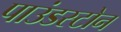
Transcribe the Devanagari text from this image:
पाउंडस्टोन